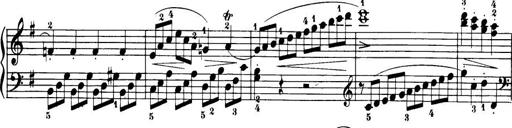
Title: 32 Sonatinas and Rondos for the Piano
Composer: Richard Kleinmichel